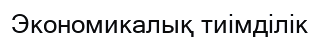
Экономикалық тиімділік